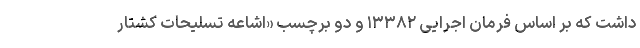
داشت که بر اساس فرمان اجرایی ۱۳۳۸۲ و دو برچسب «اشاعه تسلیحات کشتار